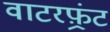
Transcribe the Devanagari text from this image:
वाटरफ़्रंट